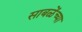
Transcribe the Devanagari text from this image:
साबळेंच्या